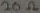
Text: 20KΩ